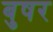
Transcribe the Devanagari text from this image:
बुषर